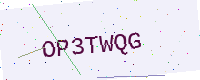
Text: OP3TWQG